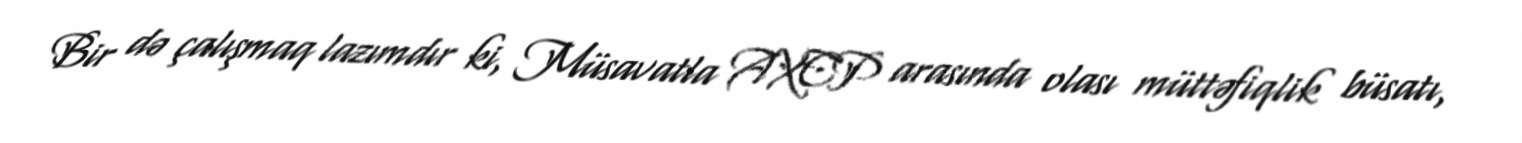
Bir də çalışmaq lazımdır ki, Müsavatla AXCP arasında olası müttəfiqlik büsatı,